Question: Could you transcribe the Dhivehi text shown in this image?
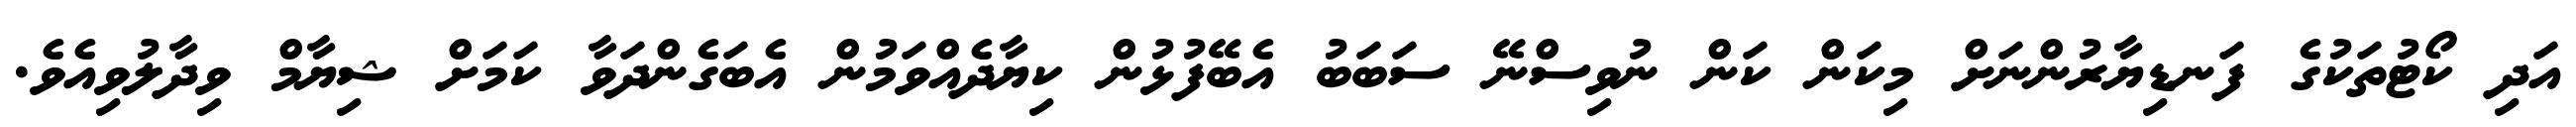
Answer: އަދި ކޯޓުތަކުގެ ފަނޑިޔާރުންނަށް މިކަން ކަން ނުވިސްނޭ ސަބަބު އެބޭފުޅުން ކިޔާދެއްވަމުން އެބަގެންދަވާ ކަމަށް ޝިޔާމް ވިދާލުވިއެވެ.